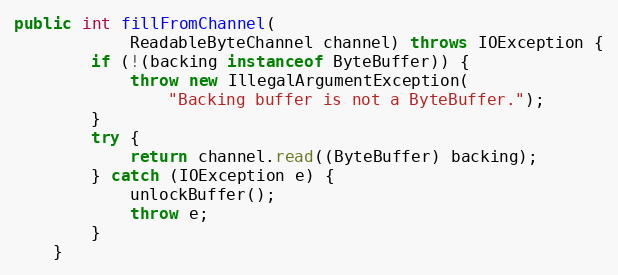
Language: Java
public int fillFromChannel(
            ReadableByteChannel channel) throws IOException {
        if (!(backing instanceof ByteBuffer)) {
            throw new IllegalArgumentException(
                "Backing buffer is not a ByteBuffer.");
        }
        try {
            return channel.read((ByteBuffer) backing);
        } catch (IOException e) {
            unlockBuffer();
            throw e;
        }
    }